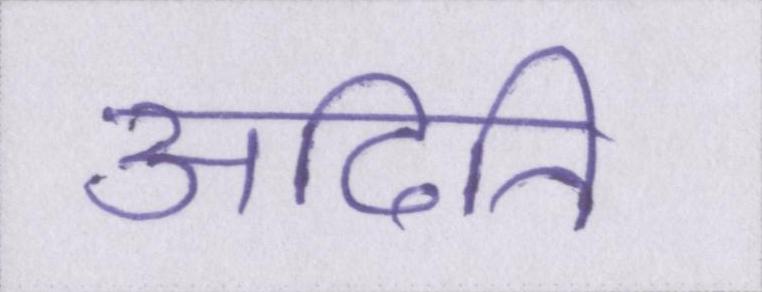
अदिति